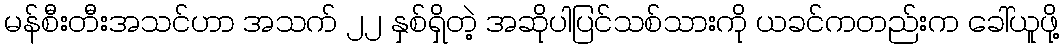
မန်စီးတီးအသင်ဟာ အသက် ၂၂ နှစ်ရှိတဲ့ အဆိုပါပြင်သစ်သားကို ယခင်ကတည်းက ခေါ်ယူဖို့